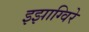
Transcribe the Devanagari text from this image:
इझाग्विरे